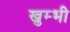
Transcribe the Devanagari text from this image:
खुम्भी